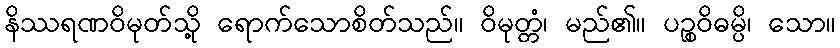
နိဿရဏဝိမုတ်သို့ ရောက်သောစိတ်သည်။ ဝိမုတ္တံ၊ မည်၏။ ပဉ္စဝိဓမ္ပိ၊ သော။